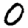
Digit: 0